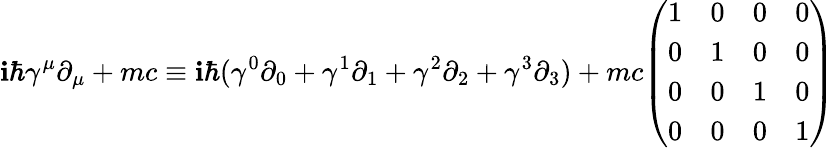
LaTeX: \mathbf{i}\hbar\gamma^{\mu}\partial_{\mu}+mc\equiv\mathbf{i}\hbar(\gamma^{0}\partial_{0}+\gamma^{1}\partial_{1}+\gamma^{2}\partial_{2}+\gamma^{3}\partial_{3})+mc{\left(\begin{array}{llll}{1}&{0}&{0}&{0}\\ {0}&{1}&{0}&{0}\\ {0}&{0}&{1}&{0}\\ {0}&{0}&{0}&{1}\end{array}\right)}